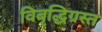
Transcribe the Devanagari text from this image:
विबृद्धिग्रस्त